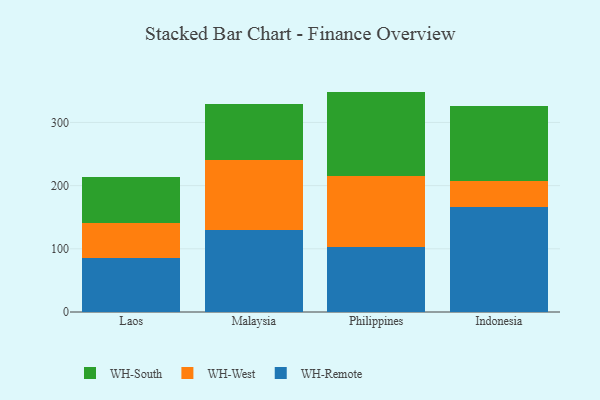
{"axis": {"x": "Country", "y": "Humidity (%)"}, "legend": ["WH-Remote", "WH-South", "WH-West"], "data": [{"x": "Laos", "y": 86.0, "type": "WH-Remote"}, {"x": "Laos", "y": 55.6, "type": "WH-West"}, {"x": "Laos", "y": 72.1, "type": "WH-South"}, {"x": "Malaysia", "y": 129.8, "type": "WH-Remote"}, {"x": "Malaysia", "y": 110.6, "type": "WH-West"}, {"x": "Malaysia", "y": 88.8, "type": "WH-South"}, {"x": "Philippines", "y": 103.1, "type": "WH-Remote"}, {"x": "Philippines", "y": 112.8, "type": "WH-West"}, {"x": "Philippines", "y": 132.9, "type": "WH-South"}, {"x": "Indonesia", "y": 166.6, "type": "WH-Remote"}, {"x": "Indonesia", "y": 40.7, "type": "WH-West"}, {"x": "Indonesia", "y": 118.8, "type": "WH-South"}]}